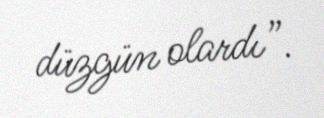
düzgün olardı”.